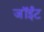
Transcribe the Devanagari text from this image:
जॉईंट